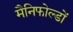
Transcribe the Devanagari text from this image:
मैनिफोल्डों